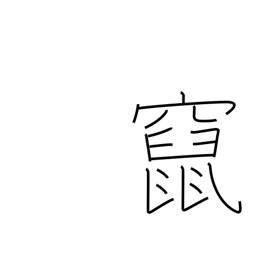
Meaning: flee